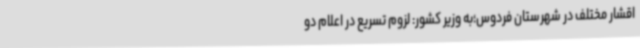
اقشار مختلف در شهرستان فردوس؛به وزیر کشور: لزوم تسریع در اعلام دو